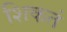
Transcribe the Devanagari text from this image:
शिकतं